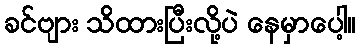
ခင်ဗျား သိထားပြီးလို့ပဲ နေမှာပေါ့။